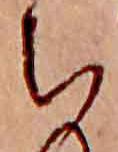
ち